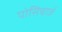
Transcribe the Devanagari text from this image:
पोसिचार्ज